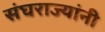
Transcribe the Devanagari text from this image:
संघराज्यांनी